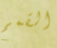
القمم